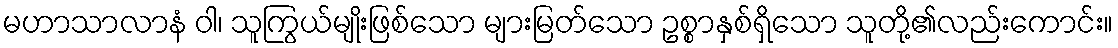
မဟာသာလာနံ ဝါ၊ သူကြွယ်မျိုးဖြစ်သော များမြတ်သော ဥစ္စာနှစ်ရှိသော သူတို့၏လည်းကောင်း။